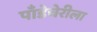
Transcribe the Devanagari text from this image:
पाँडेचेरीला